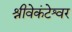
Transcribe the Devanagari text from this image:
श्रीवेकंटेश्वर